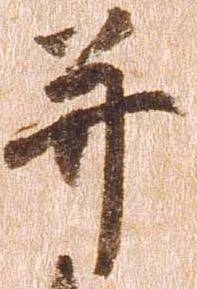
并